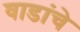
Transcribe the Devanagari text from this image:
वाडांचे